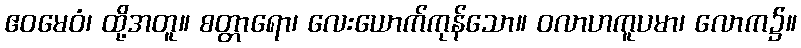
ဧဝမေဝံ၊ ထို့အတူ။ စတ္တာရော၊ လေးယောက်ကုန်သော။ ဝလာဟကူပမာ၊ လောက၌။